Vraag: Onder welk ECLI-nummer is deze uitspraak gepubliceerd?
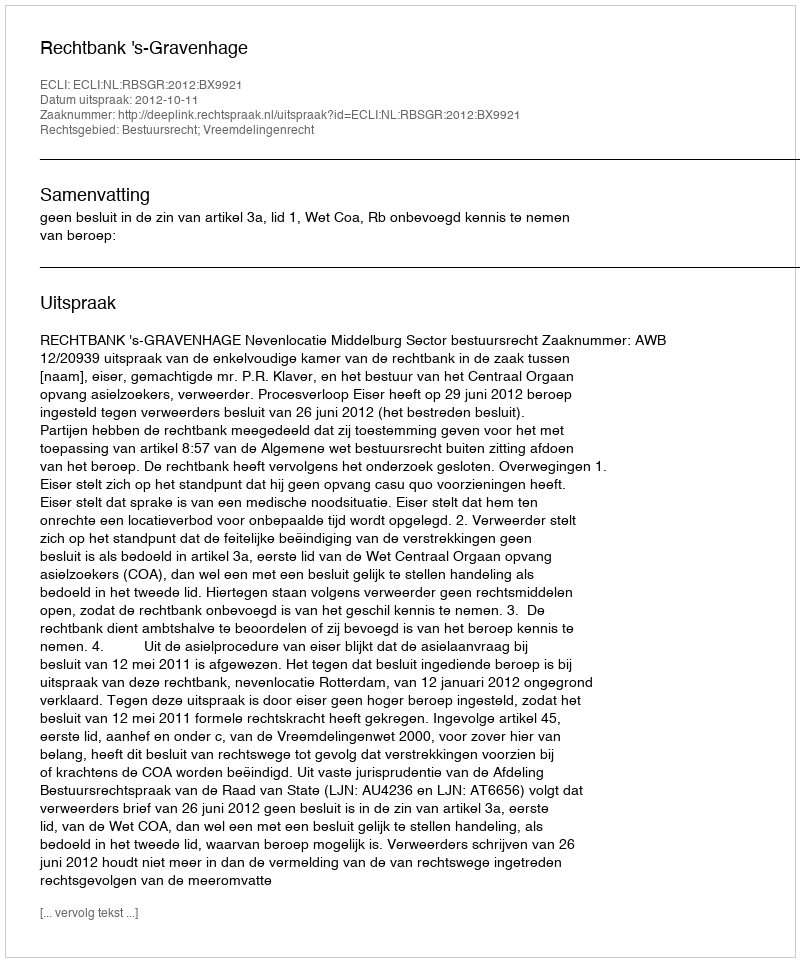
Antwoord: ECLI:NL:RBSGR:2012:BX9921